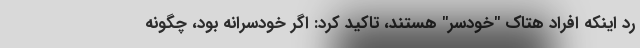
رد اینکه افراد هتاک "خودسر" هستند، تاکید کرد: اگر خودسرانه بود، چگونه